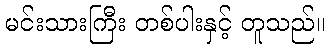
မင်းသားကြီး တစ်ပါးနှင့် တူသည်။